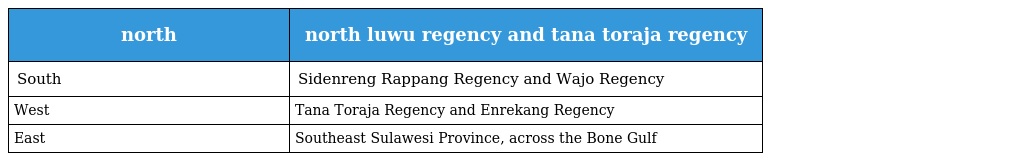
| north | north luwu regency and tana toraja regency |
 | --- | --- |
 | South | Sidenreng Rappang Regency and Wajo Regency |
 | West | Tana Toraja Regency and Enrekang Regency |
 | East | Southeast Sulawesi Province, across the Bone Gulf |